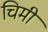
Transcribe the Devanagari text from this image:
चिमी